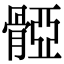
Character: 𩩤